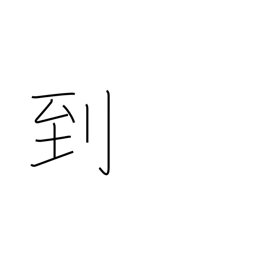
Meaning: arrival